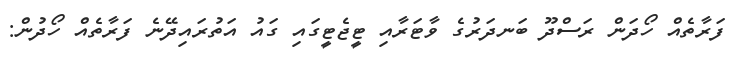
ފަރާތެއް ހޯދަން ރަސްދޫ ބަނދަރުގެ ވާޓަރާއި ޓީޖެޓީގައި ގައު އަތުރައިދޭނެ ފަރާތެއް ހޯދުން: